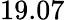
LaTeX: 19.07